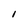
Character: 1